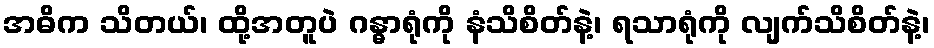
အဓိက သိတယ်၊ ထို့အတူပဲ ဂန္ဓာရုံကို နံသိစိတ်နဲ့၊ ရသာရုံကို လျက်သိစိတ်နဲ့၊